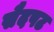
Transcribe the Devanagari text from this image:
सैदपट